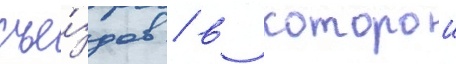
съе́здов / в которои